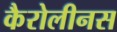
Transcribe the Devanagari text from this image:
कैरोलीनस